system: You are a helpful assistant.
user:
Analyze the provided spectrum to determine if it is a **M-type Giant (gM)**.

A M-type Giant spectrum is defined by its **strong molecular absorption** features, particularly from **Titanium Oxide (TiO)**. You must check for one of the following mutually exclusive signatures:

- **Key Visual Indicators (Absorption-Dominated Spectrum):**

    - **(Primary):** The spectrum is dominated by strong molecular absorption from **Titanium Oxide (TiO)**. This is the **defining feature** of its M-type temperature class.
        - **(Key Bandheads):** Look for sharp, "saw-tooth" absorption valleys. The strongest are located near **~7050 Å**, **~6160 Å**, and **~5170 Å**.
        - **(Line Profile):** The "saw-tooth" morphology is critical: a **sharp, steep drop on the BLUE (short-wavelength) side** of the bandhead, followed by a gradual recovery (rising flux) towards the RED (long-wavelength) side.

    - **(Key Confirmation - Giant vs. Dwarf):** **ABSENCE** of strong **Calcium Hydride (CaH)** molecular bands. This is the primary diagnostic for *excluding* M-dwarfs.
        - **(Key Region):** The spectrum should lack the strong, broad absorption band seen in dwarfs between **~6800 Å and ~7000 Å**.

    - **(Secondary Confirmation - Giant):** A very strong and broad **Neutral Calcium (Ca I)** atomic absorption line.
        - **(Key Line):** Located at **~4226 Å**. In a giant (gM), this line is significantly deeper and broader than the same line in an M-dwarf (dM) due to low surface gravity.

    - **(Overall Spectrum):**
        - The continuum is **extremely red-sloping** (i.e., flux is very low in the blue and rises dramatically towards the red).
        - The entire spectrum appears "chopped up" by the deep TiO bands.

Think first, call **spectral_visualization_tool** if needed to examine features in detail, then provide your final answer. Your response must adhere to the following strict rules:
1.  **Overall Structure:** Your response must follow the format `<think>...</think> <tool_call>...</tool_call> (if a tool is used) <answer>...</answer>`.
2.  **Tool Usage Constraint:** You may only make **one** tool call per turn.
3.  **Final Answer Format:** In the `<answer>` tag, your conclusion must be inside a `\boxed{}` command (e.g., `\boxed{YES}` or `\boxed{NO}`), followed by your justification.

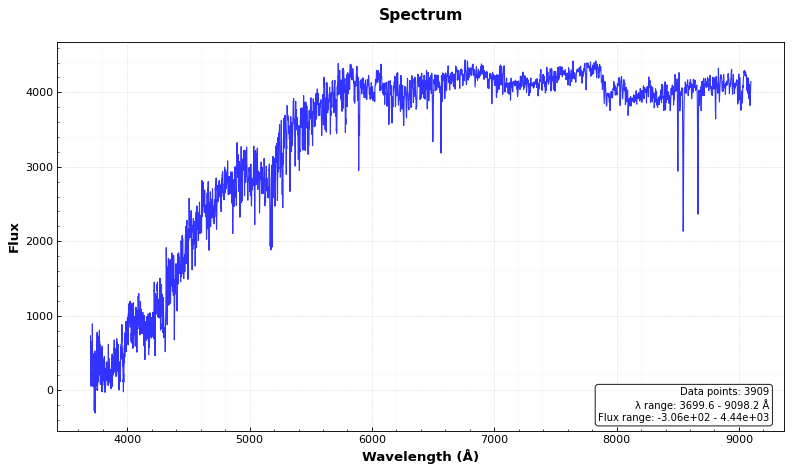
Answer: NO